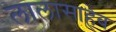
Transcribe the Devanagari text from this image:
लालासाहेब